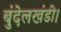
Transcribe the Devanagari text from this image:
बुंदेलखंडी।